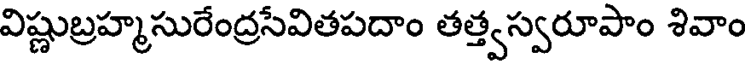
విష్ణుబ్రహ్మసురేంద్రసేవితపదాం తత్త్వస్వరూపాం శివాం